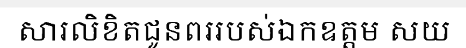
សារលិខិតជូនពររបស់ឯកឧត្តម សយ